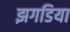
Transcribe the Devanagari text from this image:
झगडिया